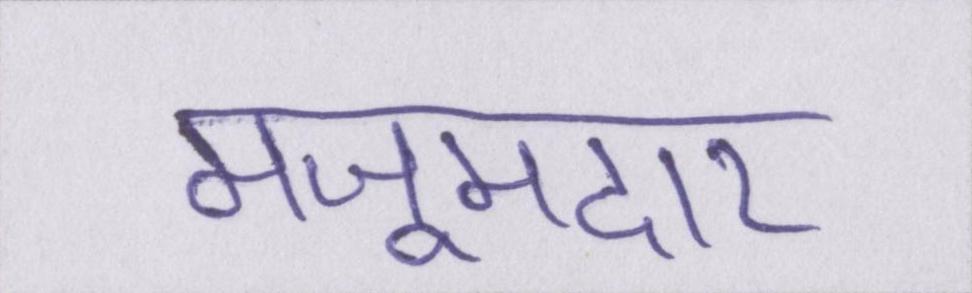
मजूमदार